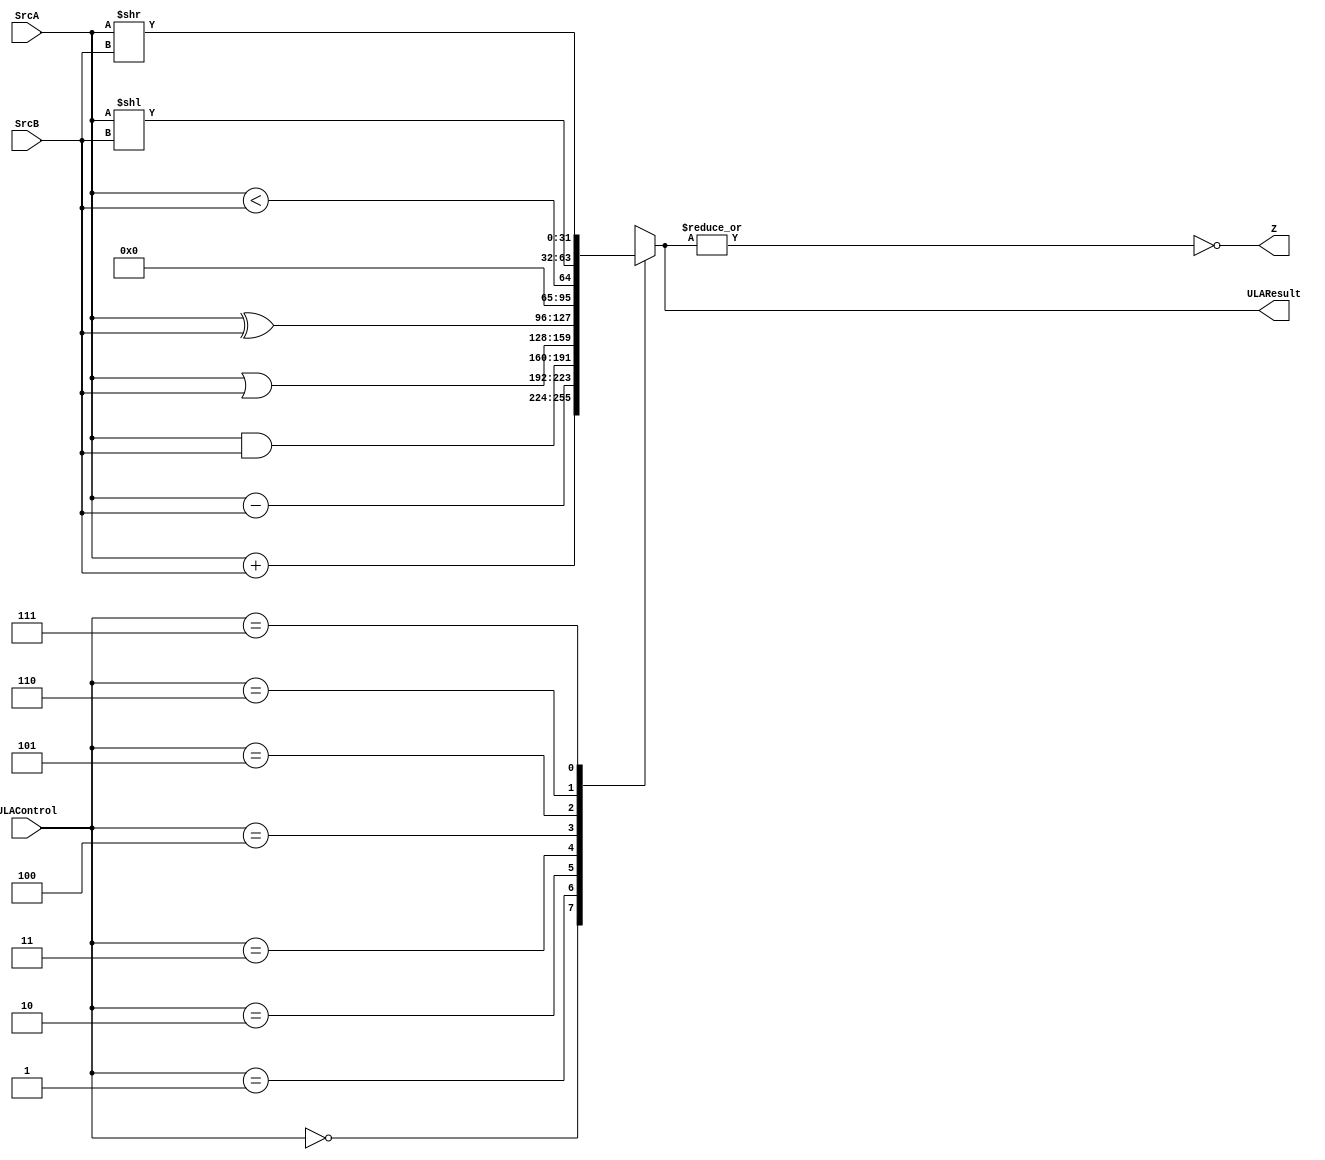
module ULA(input signed [31:0] SrcA, SrcB,
					 input [2:0] ULAControl,
					 output reg [31:0] ULAResult,
					 output Z);

	always @ (*)
		case(ULAControl)
			3'b000	: ULAResult = SrcA + SrcB;
			3'b001	: ULAResult = SrcA - SrcB;
			3'b010	: ULAResult = SrcA & SrcB;
			3'b011	: ULAResult = SrcA | SrcB;
			3'b100	: ULAResult = SrcA ^ SrcB;
			3'b101	: ULAResult = SrcA < SrcB;
			3'b110	: ULAResult = SrcA << SrcB;
			3'b111	: ULAResult = SrcA >> SrcB;
			default	: ULAResult = 32'bx;
		endcase
		
	assign Z = ~|ULAResult;
endmodule